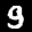
Label: 9